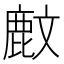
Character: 𪊙